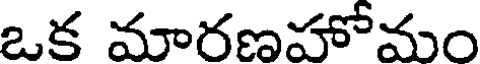
ఒక మారణహోమం